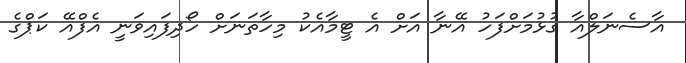
އާސެނަލްއާ ގުޅުމަށްފަހު އޭނާ އަށް އެ ޓީމާއެކު މިހާތަނަށް ހޯދިފައިވަނީ އެފްއޭ ކަޕްގެ